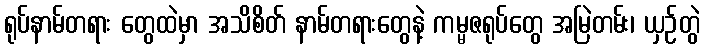
ရုပ်နာမ်တရား တွေထဲမှာ အသိစိတ် နာမ်တရားတွေနဲ့ ကမ္မဇရုပ်တွေ အမြဲတမ်း၊ ယှဉ်တွဲ